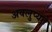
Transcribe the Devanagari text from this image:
अवलुप्यते